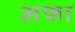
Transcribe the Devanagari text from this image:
अफा